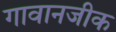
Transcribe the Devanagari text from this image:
गावानजीक